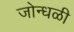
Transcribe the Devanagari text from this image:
जोन्धळी